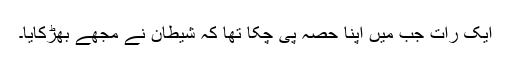
ایک رات جب میں اپنا حصہ پی چکا تھا کہ شیطان نے مجھے بھڑکایا۔